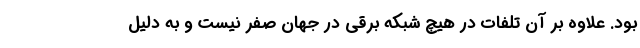
بود. علاوه بر آن تلفات در هیچ شبکه برقی در جهان صفر نیست و به دلیل